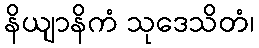
နိယျာနိကံ သုဒေသိတံ၊